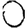
Digit: 0